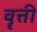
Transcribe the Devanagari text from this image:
वॄत्ती